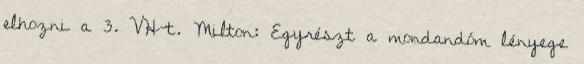
elhozni a 3. VH-t. Milton: Egyrészt a mondandóm lényege